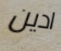
ادين